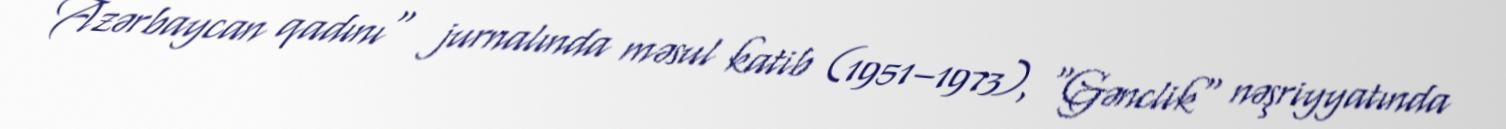
Azərbaycan qadını" jurnalında məsul katib (1951–1973), "Gənclik" nəşriyyatında